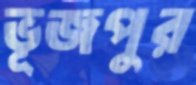
ভূজপুর